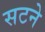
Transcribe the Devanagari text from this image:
सटने